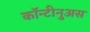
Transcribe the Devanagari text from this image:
कॉन्टीनुअस